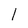
Character: l